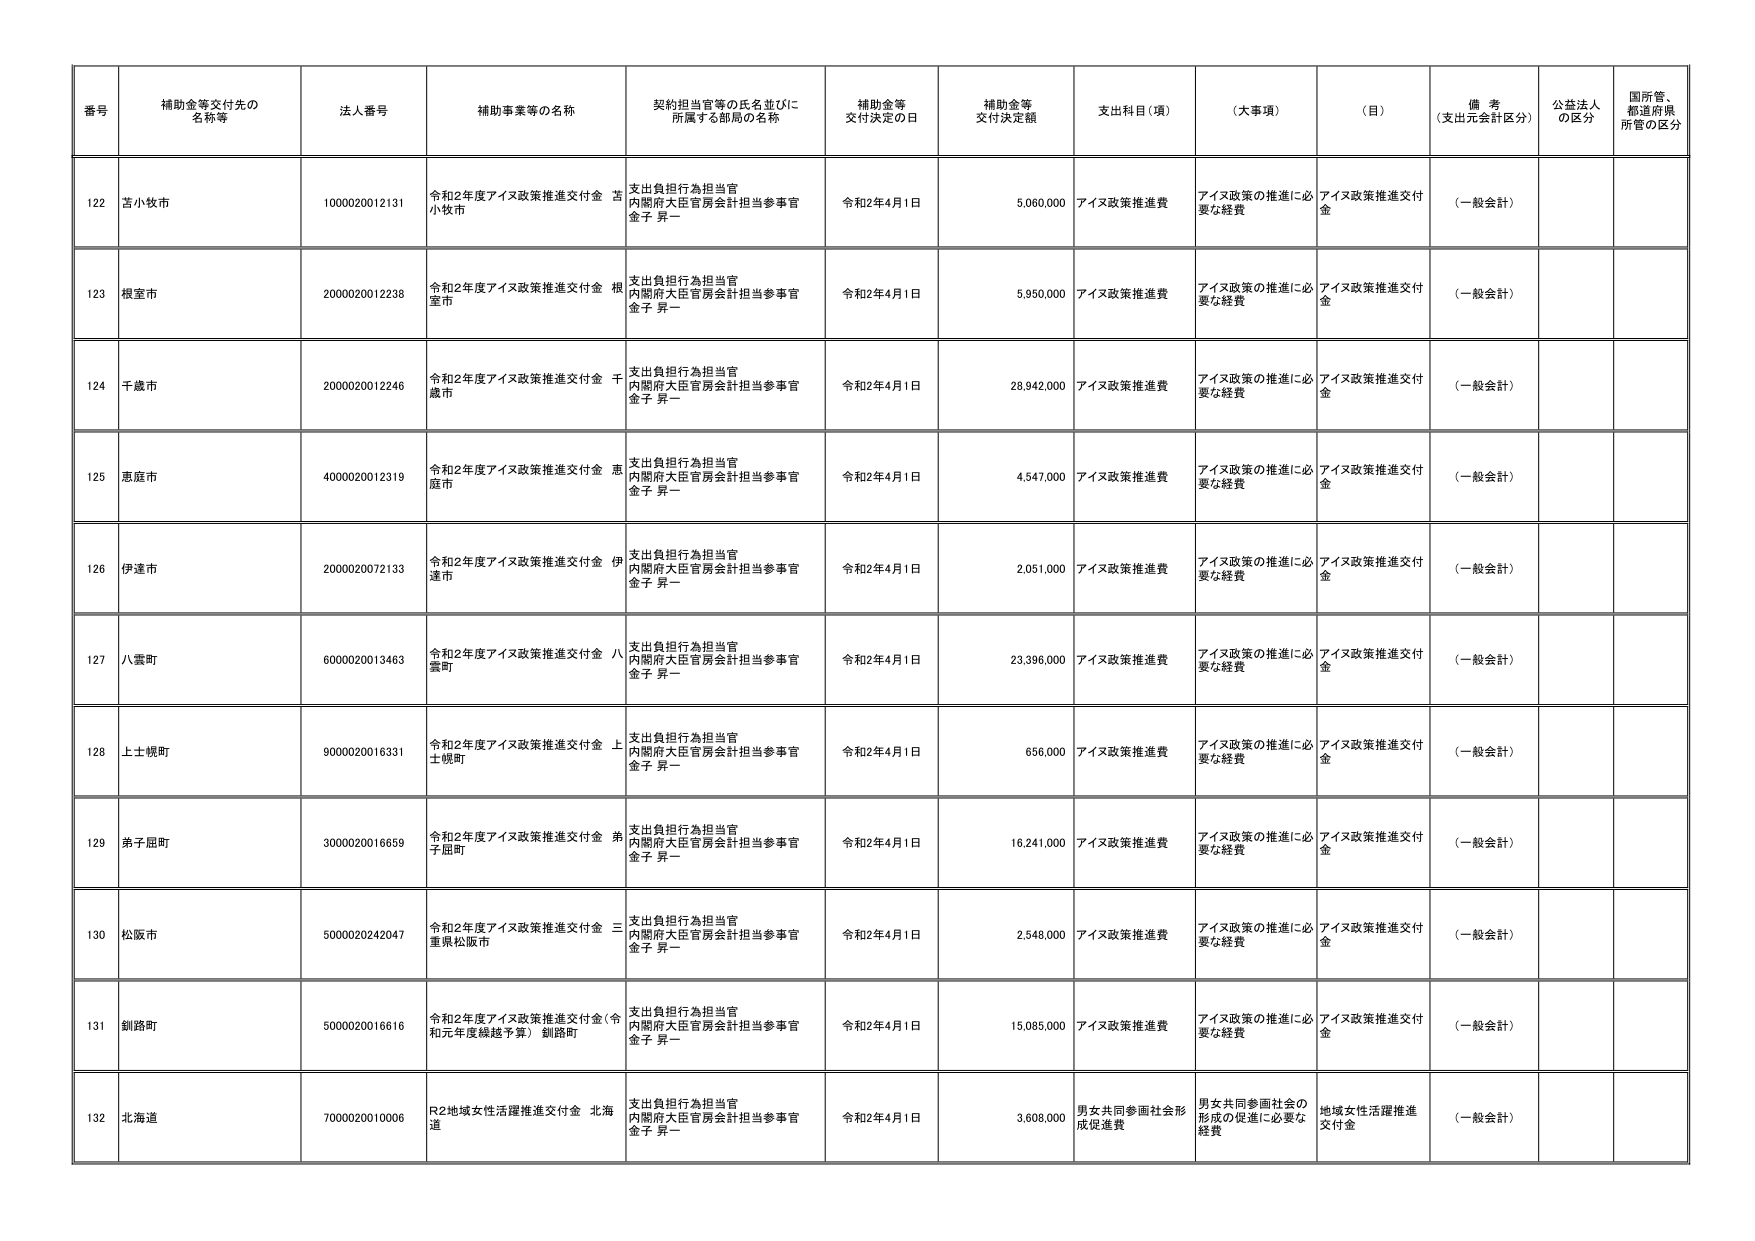
番号 補助金等交付先の名称等 法人番号 補助事業等の名称 契約担当官等の氏名並びに所属する部局の名称 補助金等交付決定の日 補助金等交付決定額 支出科目（項） （大事項） （目） 備考（支出元会計区分） 公益法人の区分 国所管、都道府県所管の区分
122 苫小牧市 1000020012131 令和2年度アイヌ政策推進交付金 苫小牧市 支出負担行為担当官 内閣府大臣官房会計担当参事官 金子 昇一 令和2年4月1日 5,060,000 アイヌ政策推進費 アイヌ政策の推進に必要な経費 アイヌ政策推進交付金 （一般会計）
123 根室市 2000020012238 令和2年度アイヌ政策推進交付金 根室市 支出負担行為担当官 内閣府大臣官房会計担当参事官 金子 昇一 令和2年4月1日 5,950,000 アイヌ政策推進費 アイヌ政策の推進に必要な経費 アイヌ政策推進交付金 （一般会計）
124 千歳市 2000020012246 令和2年度アイヌ政策推進交付金 千歳市 支出負担行為担当官 内閣府大臣官房会計担当参事官 金子 昇一 令和2年4月1日 28,942,000 アイヌ政策推進費 アイヌ政策の推進に必要な経費 アイヌ政策推進交付金 （一般会計）
125 恵庭市 4000020012319 令和2年度アイヌ政策推進交付金 恵庭市 支出負担行為担当官 内閣府大臣官房会計担当参事官 金子 昇一 令和2年4月1日 4,547,000 アイヌ政策推進費 アイヌ政策の推進に必要な経費 アイヌ政策推進交付金 （一般会計）
126 伊達市 2000020072133 令和2年度アイヌ政策推進交付金 伊達市 支出負担行為担当官 内閣府大臣官房会計担当参事官 金子 昇一 令和2年4月1日 2,051,000 アイヌ政策推進費 アイヌ政策の推進に必要な経費 アイヌ政策推進交付金 （一般会計）
127 八雲町 6000020013463 令和2年度アイヌ政策推進交付金 八雲町 支出負担行為担当官 内閣府大臣官房会計担当参事官 金子 昇一 令和2年4月1日 23,396,000 アイヌ政策推進費 アイヌ政策の推進に必要な経費 アイヌ政策推進交付金 （一般会計）
128 上士幌町 9000020016331 令和2年度アイヌ政策推進交付金 上士幌町 支出負担行為担当官 内閣府大臣官房会計担当参事官 金子 昇一 令和2年4月1日 656,000 アイヌ政策推進費 アイヌ政策の推進に必要な経費 アイヌ政策推進交付金 （一般会計）
129 弟子屈町 3000020016659 令和2年度アイヌ政策推進交付金 弟子屈町 支出負担行為担当官 内閣府大臣官房会計担当参事官 金子 昇一 令和2年4月1日 16,241,000 アイヌ政策推進費 アイヌ政策の推進に必要な経費 アイヌ政策推進交付金 （一般会計）
130 松阪市 5000020242047 令和2年度アイヌ政策推進交付金 三重県松阪市 支出負担行為担当官 内閣府大臣官房会計担当参事官 金子 昇一 令和2年4月1日 2,548,000 アイヌ政策推進費 アイヌ政策の推進に必要な経費 アイヌ政策推進交付金 （一般会計）
131 釧路町 5000020016616 令和2年度アイヌ政策推進交付金（令和元年度繰越予算） 釧路町 支出負担行為担当官 内閣府大臣官房会計担当参事官 金子 昇一 令和2年4月1日 15,085,000 アイヌ政策推進費 アイヌ政策の推進に必要な経費 アイヌ政策推進交付金 （一般会計）
132 北海道 7000020010006 R2地域女性活躍推進交付金 北海道 支出負担行為担当官 内閣府大臣官房会計担当参事官 金子 昇一 令和2年4月1日 3,608,000 男女共同参画社会形成促進費 男女共同参画社会の形成の促進に必要な経費 地域女性活躍推進交付金 （一般会計）